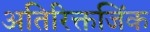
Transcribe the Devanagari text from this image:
अतिरिक्तजिंक